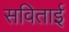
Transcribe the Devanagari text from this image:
सविताई